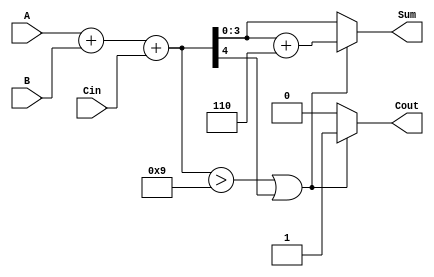
module BCD_Conditional_Adder (
    input  wire [3:0] A,      // First BCD digit (0-9)
    input  wire [3:0] B,      // Second BCD digit (0-9)
    input  wire Cin,          // Carry-in bit
    output reg  [3:0] Sum,    // BCD sum output
    output reg  Cout          // Carry-out bit
);

    wire [4:0] Temp_Sum;      // 5-bit temporary sum to hold A + B + Cin
    wire correction_needed;     // Flag to indicate if correction is needed

    // Step 1: Perform binary addition
    assign Temp_Sum = A + B + Cin;

    // Step 2: Determine if correction is needed
    assign correction_needed = (Temp_Sum > 9) || Temp_Sum[4];

    // Step 3: Generate final outputs
    always @(*) begin
        if (correction_needed) begin
            Sum = Temp_Sum[3:0] + 4'b0110; // Add 6 for BCD correction
            Cout = 1;                       // Set carry-out
        end else begin
            Sum = Temp_Sum[3:0];            // No correction needed
            Cout = 0;                       // No carry-out
        end
    end

endmodule